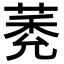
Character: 𦳽